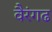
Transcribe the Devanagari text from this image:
वैरंगढ